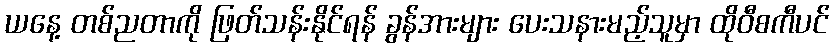
ယနေ့ တစ်ညတာကို ဖြတ်သန်းနိုင်ရန် ခွန်အားများ ပေးသနားမည့်သူမှာ ထိုဝီစကီပင်